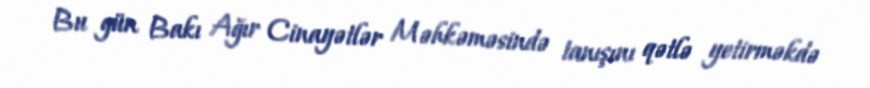
Bu gün Bakı Ağır Cinayətlər Məhkəməsində tanışını qətlə yetirməkdə